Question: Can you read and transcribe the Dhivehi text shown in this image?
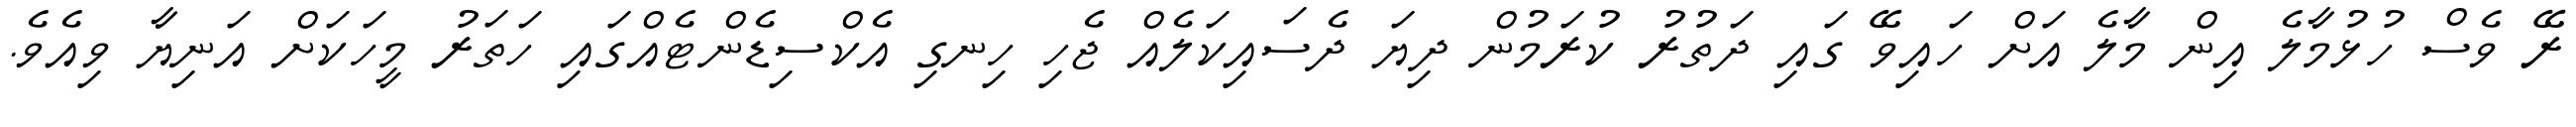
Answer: ރޭ ވެސް ހުޅުމާލެ އިން މާލެ އަށް ހައިވޭ ގައި ދަތުރު ކުރަމުން ދިޔަ ދެސައިކަލެއް ޖެހި ހިނގި އެކްސިޑެންޓެއްގައި ހަތަރު މީހަކަށް އަނިޔާ ވިއެވެ.